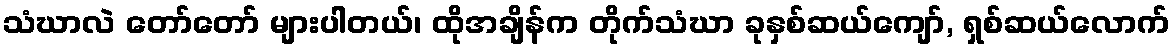
သံဃာလဲ တော်တော် များပါတယ်၊ ထိုအချိန်က တိုက်သံဃာ ခုနှစ်ဆယ်ကျော်, ရှစ်ဆယ်လောက်